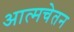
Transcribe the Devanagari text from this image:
आत्मचेतन